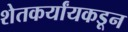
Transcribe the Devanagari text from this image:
शेतकर्यांयकडून